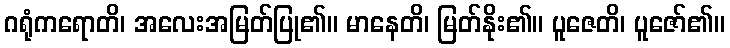
ဂရုံကရောတိ၊ အလေးအမြတ်ပြု၏။ မာနေတိ၊ မြတ်နိုး၏။ ပူဇေတိ၊ ပူဇော်၏။